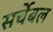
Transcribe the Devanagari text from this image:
सर्चेबल